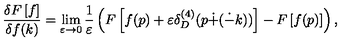
\frac { \delta F \left[ f \right] } { \delta f ( k ) } = \lim _ { \varepsilon \rightarrow 0 } \frac { 1 } { \varepsilon } \left( F \left[ f ( p ) + \varepsilon \delta _ { D } ^ { ( 4 ) } ( p \dot { + } ( \dot { - } k ) ) \right] - F \left[ f ( p ) \right] \right) ,